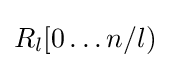
R_{l}[0\dots n/l)